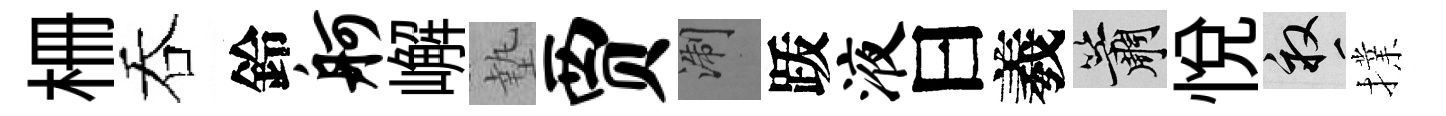
栅吞鈴舸嶰墊贾浙䟦液曰羲簫悦畝擈